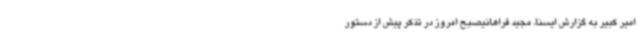
امیر کبیر به گزارش ایسنا، مجید فراهانیصبح امروز در تذکر پیش از دستور